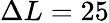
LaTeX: \Delta L=25